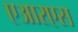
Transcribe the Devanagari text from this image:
एआरएस